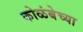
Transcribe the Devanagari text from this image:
कोळंबेच्या